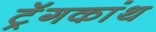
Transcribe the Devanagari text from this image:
ट्रॅगकांथ